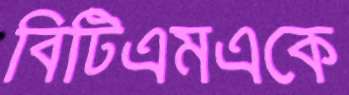
বিটিএমএকে